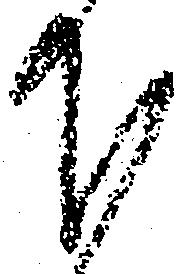
下